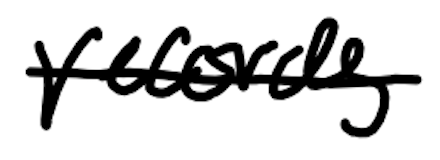
Text: Records
Cross-out: single-line
Writing tool: digital_black